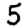
Digit: 5